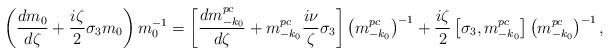
LaTeX: \begin{align*} \left(\frac{dm_0}{d\zeta}+\frac{i\zeta}{2}\sigma_3m_0\right)m_0^{-1}= \left[\frac{dm^{pc}_{-k_0}}{d\zeta}+m^{pc}_{-k_0}\frac{i\nu}{\zeta}\sigma_3\right]\left(m^{pc}_{-k_0}\right)^{-1}+\frac{i\zeta}{2}\left[\sigma_3,m^{pc}_{-k_0}\right]\left(m^{pc}_{-k_0}\right)^{-1}, \end{align*}